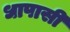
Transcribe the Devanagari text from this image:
धापासी